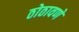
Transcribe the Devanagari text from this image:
ठोठावणे